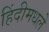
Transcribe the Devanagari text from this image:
हिंदीमधले